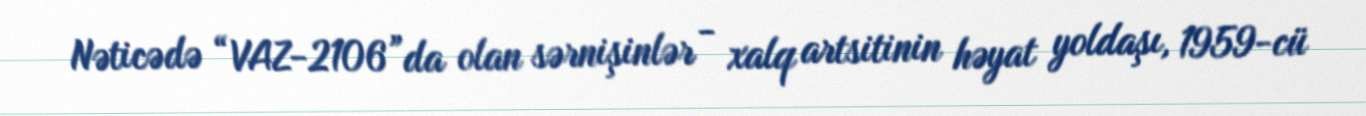
Nəticədə “VAZ-2106”da olan sərnişinlər - xalq artsitinin həyat yoldaşı, 1959-cü